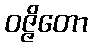
ဝဇ္ဇိတော